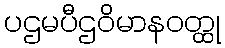
ပဌမပီဌဝိမာနဝတ္ထု